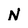
Character: N